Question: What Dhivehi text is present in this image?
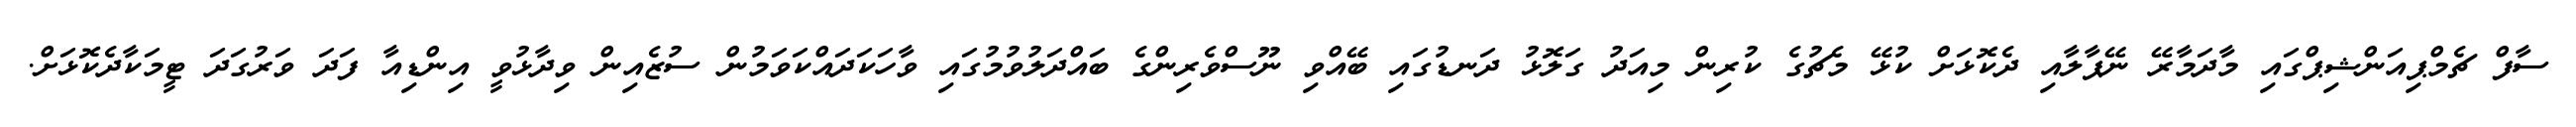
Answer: ސާފް ޗެމްޕިއަންޝިޕްގައި މާދަމާރޭ ނޭޕާލާއި ދެކޮޅަށް ކުޅޭ މެޗުގެ ކުރިން މިއަދު ގަލޮޅު ދަނޑުގައި ބޭއްވި ނޫސްވެރިންގެ ބައްދަލުވުމުގައި ވާހަކަދައްކަވަމުން ސުޒެއިން ވިދާޅުވީ އިންޑިއާ ފަދަ ވަރުގަދަ ޓީމަކާދެކޮޅަށް.